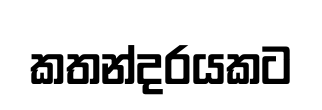
කතන්දරයකට